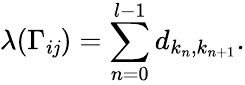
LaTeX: \lambda(\Gamma_{i\mathit{j}})=\sum_{n=0}^{l-1}d_{k_{n},k_{n+1}}.